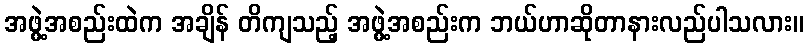
အဖွဲ့အစည်းထဲက အချိန် တိကျသည့် အဖွဲ့အစည်းက ဘယ်ဟာဆိုတာနားလည်ပါသလား။